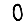
Digit: 0